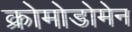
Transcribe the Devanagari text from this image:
क्रोमोडोमेन